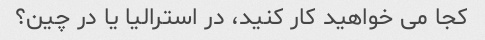
کجا می خواهید کار کنید، در استرالیا یا در چین؟